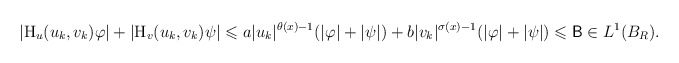
\begin{align*}|\mathrm{H}_{u}(u_k,v_k)\varphi|+|\mathrm{H}_{v}(u_k,v_k)\psi| \leqslant a|u_{k}|^{\theta(x)-1}(|\varphi|+|\psi|)+ b|v_{k}|^{\sigma(x)-1}(|\varphi|+|\psi|)\leqslant \mathsf{B}\in L^{1}(B_R).\end{align*}